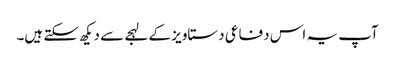
آپ یہ اس دفاعی دستاویز کے لہجے سے دیکھ سکتے ہیں۔